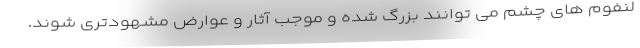
لنفوم های چشم می توانند بزرگ شده و موجب آثار و عوارض مشهودتری شوند.